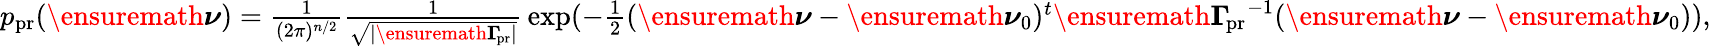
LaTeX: \begin{array}{r}{\begin{array}{l}{p_{\mathrm{pr}}(\ensuremath{\boldsymbol\nu})={\frac{1}{(2\pi)^{n/2}}}{\frac{1}{\sqrt{|\ensuremath{\boldsymbol\Gamma_{\! \mathrm{pr}}}|}}}\exp(-{\frac{1}{2}}(\ensuremath{\boldsymbol\nu}-\ensuremath{\boldsymbol\nu}_{0})^{t}\ensuremath{\boldsymbol\Gamma_{\! \mathrm{pr}}}^{-1}(\ensuremath{\boldsymbol\nu}-\ensuremath{\boldsymbol\nu}_{0})),}\end{array}}\end{array}